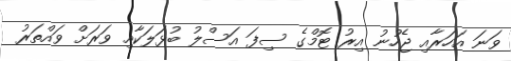
ވަނަ އަހަރާއި ޖެހުނު އިރު ޓޮމްގެ ސިފަ އަސްލު ބުޅަލަކާއި ވަރަށް ވައްތަރު